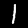
Label: 1